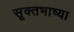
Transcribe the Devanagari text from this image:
सूक्तभाष्या